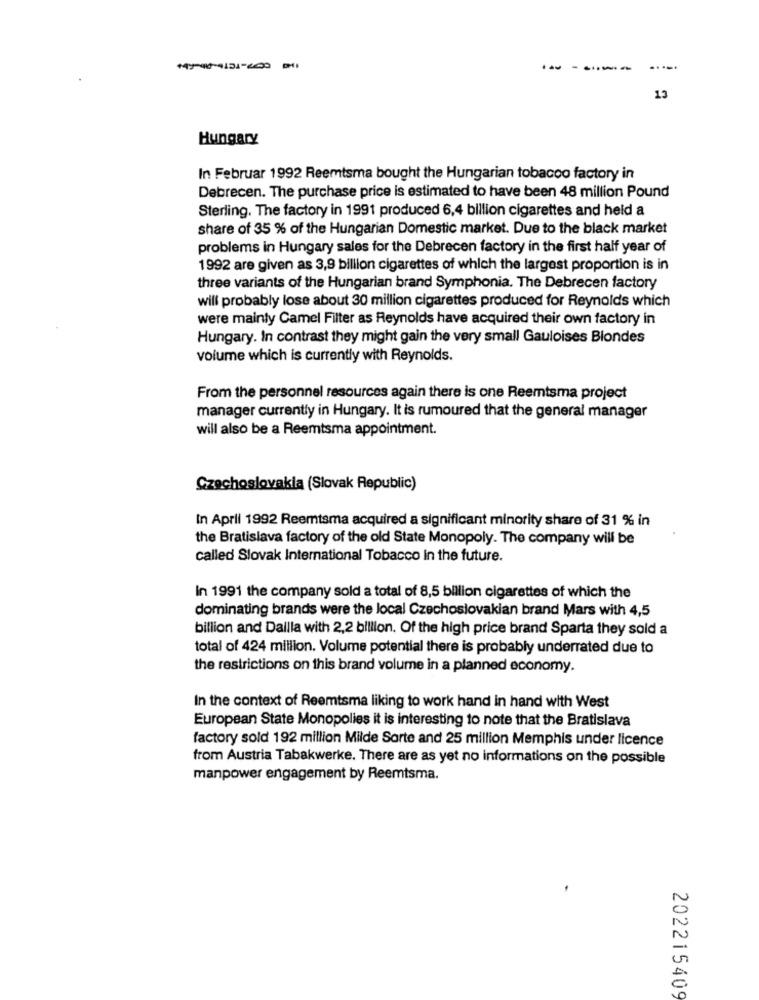
.....
13
Hungary
In Februar 1992 Reemtsma bought the Hungarian tobacco factory in
Debrecen. The purchase price is estimated to have been 48 million Pound
Sterling. The factory in 1991 produced 6,4 billion cigarettes and held a
share of 35 % of the Hungarian Domestic market. Due to the black market
problems in Hungary sales for the Debrecen factory in the first half year of
1992 are given as 3,9 billion cigarettes of which the largest proportion is in
three variants of the Hungarian brand Symphonia. The Debrecen factory
will probably lose about 30 million cigarettes produced for Reynolds which
were mainly Camel Filter as Reynolds have acquired their own factory in
Hungary. In contrast they might gain the very small Gauloises Blondes
volume which is currently with Reynolds.
From the personnel resources again there is one Reemtsma project
manager currently in Hungary. It is rumoured that the general manager
will also be a Reemtsma appointment.
Czechoslovakia (Slovak Republic)
In April 1992 Reemtsma acquired a significant minority share of 31 % in
the Bratislava factory of the old State Monopoly. The company will be
called Slovak International Tobacco in the future.
In 1991 the company sold a total of 8,5 billion cigarettes of which the
dominating brands were the local Czechoslovakian brand Mars with 4,5
billion and Dailla with 2,2 billion. Of the high price brand Sparta they sold a
total of 424 million. Volume potential there is probably underrated due to
the restrictions on this brand volume in a planned economy.
In the context of Reemtsma liking to work hand in hand with West
European State Monopolies it is interesting to note that the Bratislava
factory sold 192 million Milde Sorte and 25 million Memphis under licence
from Austria Tabakwerke. There are as yet no informations on the possible
manpower engagement by Reemtsma.
202215409